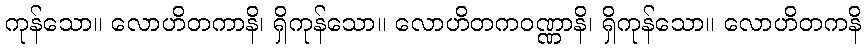
ကုန်သော။ လောဟိတကာနိ၊ ရှိကုန်သော။ လောဟိတကဝဏ္ဏာနိ၊ ရှိကုန်သော။ လောဟိတကနိ